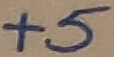
Text: +5